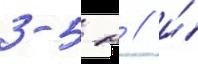
3-5 м / и́